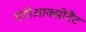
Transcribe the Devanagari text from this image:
एंटीआक्सीटैंट